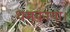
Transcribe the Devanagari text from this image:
धमकाया।